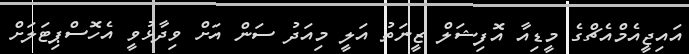
އައިޖީއެމްއެޗްގެ މީޑިއާ އޮފިޝަލް ޒީނަތު އަލީ މިއަދު ސަން އަށް ވިދާޅުވީ އެހޮސްޕިޓަލަށް